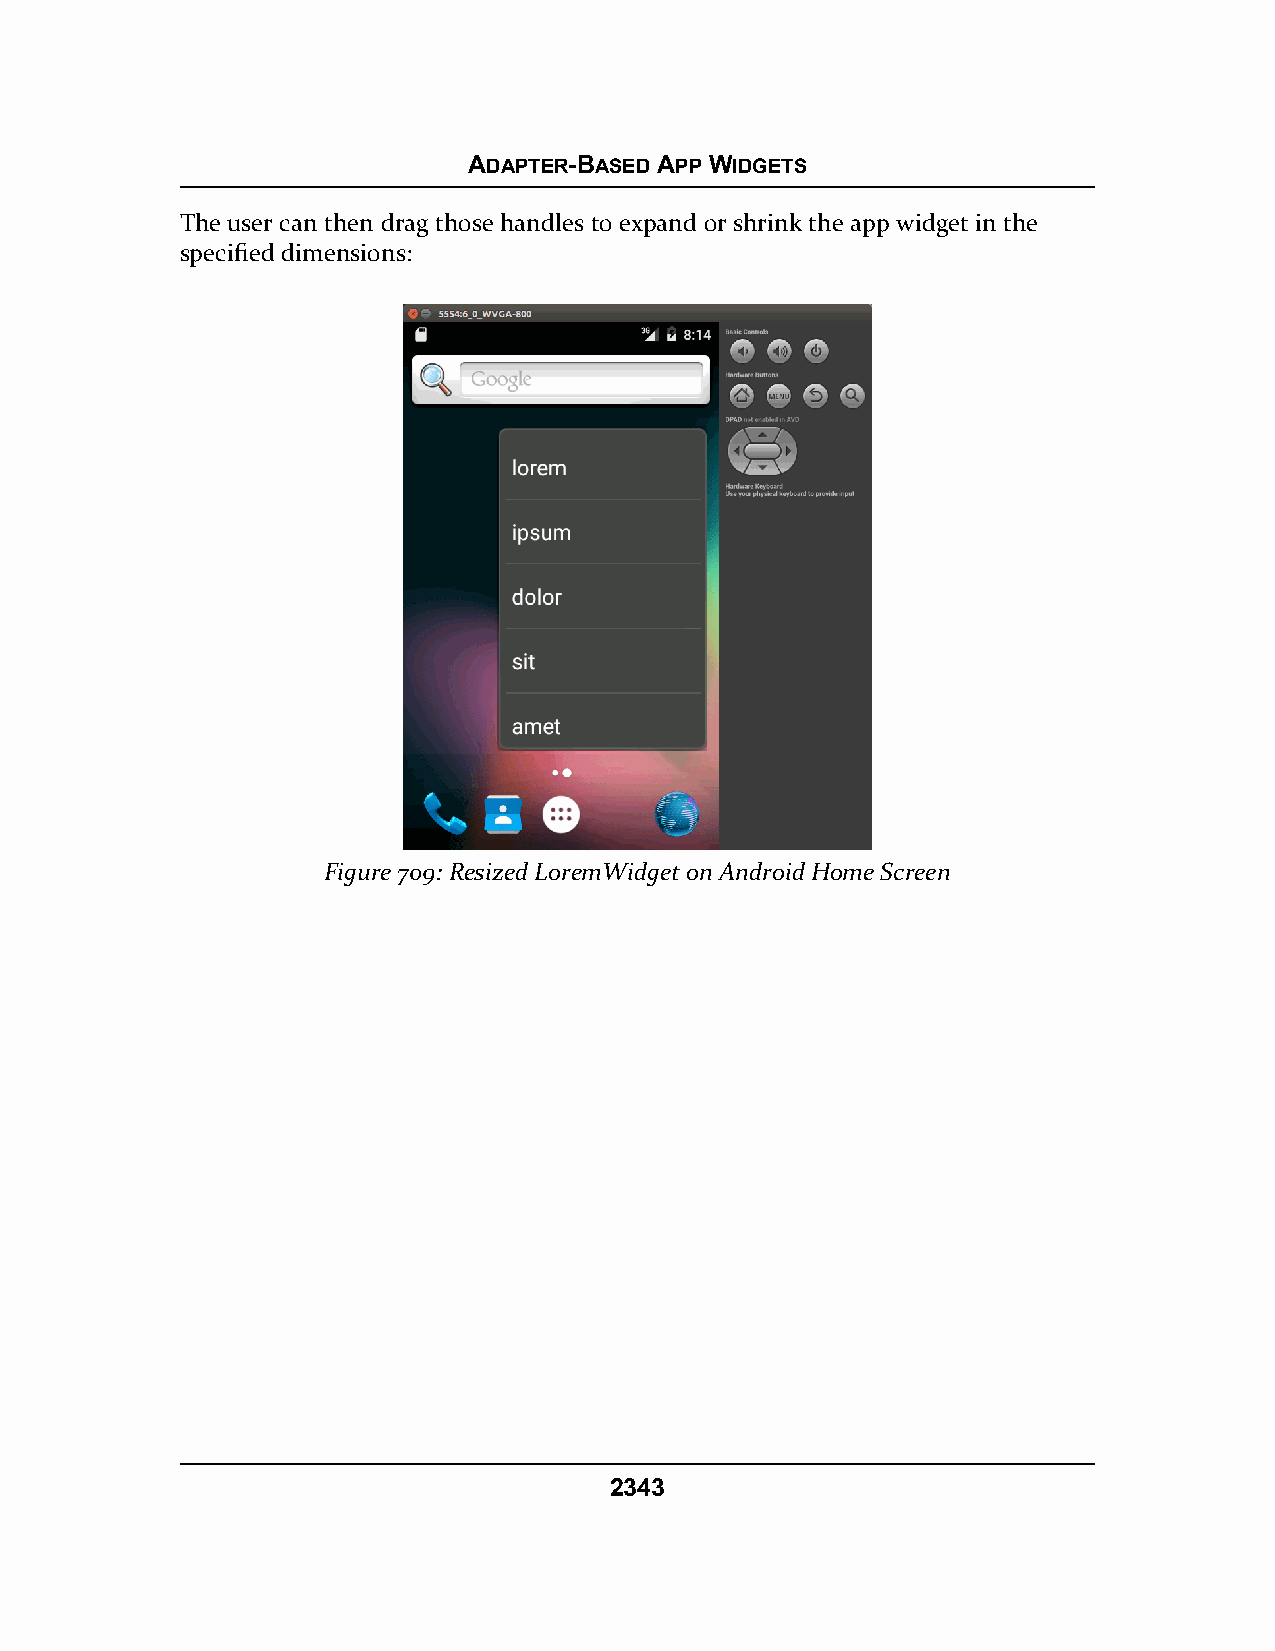
ADAPTER-BASED APP WIDGETS
 The user can then drag those handles to expand or shrink the app widget in the
 specified dimensions:
 Figure 709: Resized LoremWidget on Android Home Screen
 2343